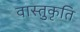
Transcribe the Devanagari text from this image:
वास्तुकृति